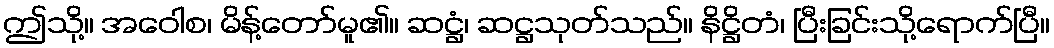
ဤသို့။ အဝေါစ၊ မိန့်တော်မူ၏။ ဆဋ္ဌံ၊ ဆဋ္ဌသုတ်သည်။ နိဋ္ဌိတံ၊ ပြီးခြင်းသို့ရောက်ပြီ။